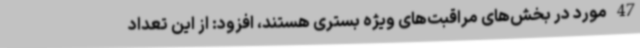
47 مورد در بخش‌های مراقبت‌های ویژه بستری هستند، افزود: از این تعداد